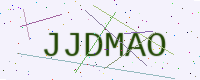
Text: JJDMAO